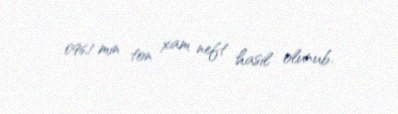
096,1 min ton xam neft hasil olunub.